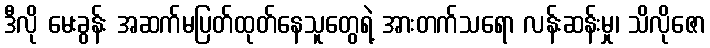
ဒီလို မေးခွန်း အဆက်မပြတ်ထုတ်နေသူတွေရဲ့ အားတက်သရော လန်းဆန်းမှု၊ သိလိုဇော